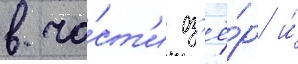
в ча́ст'и оз'ё́р и́